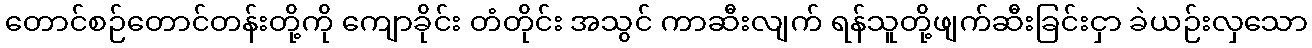
တောင်စဉ်တောင်တန်းတို့ကို ကျောခိုင်း တံတိုင်း အသွင် ကာဆီးလျက် ရန်သူတို့ဖျက်ဆီးခြင်းငှာ ခဲယဉ်းလှသော